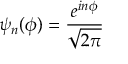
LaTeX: \psi _ { n } ( \phi ) = { \frac { e ^ { i n \phi } } { \sqrt { 2 \pi } } }